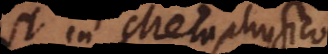
est in Metaphysico